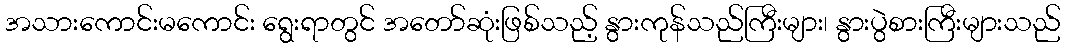
အသားကောင်းမကောင်း ရွေးရာတွင် အတော်ဆုံးဖြစ်သည့် နွားကုန်သည်ကြီးများ၊ နွားပွဲစားကြီးများသည်